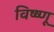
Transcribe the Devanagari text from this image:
विष्ष्णू